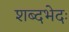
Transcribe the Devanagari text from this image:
शब्दभेदः